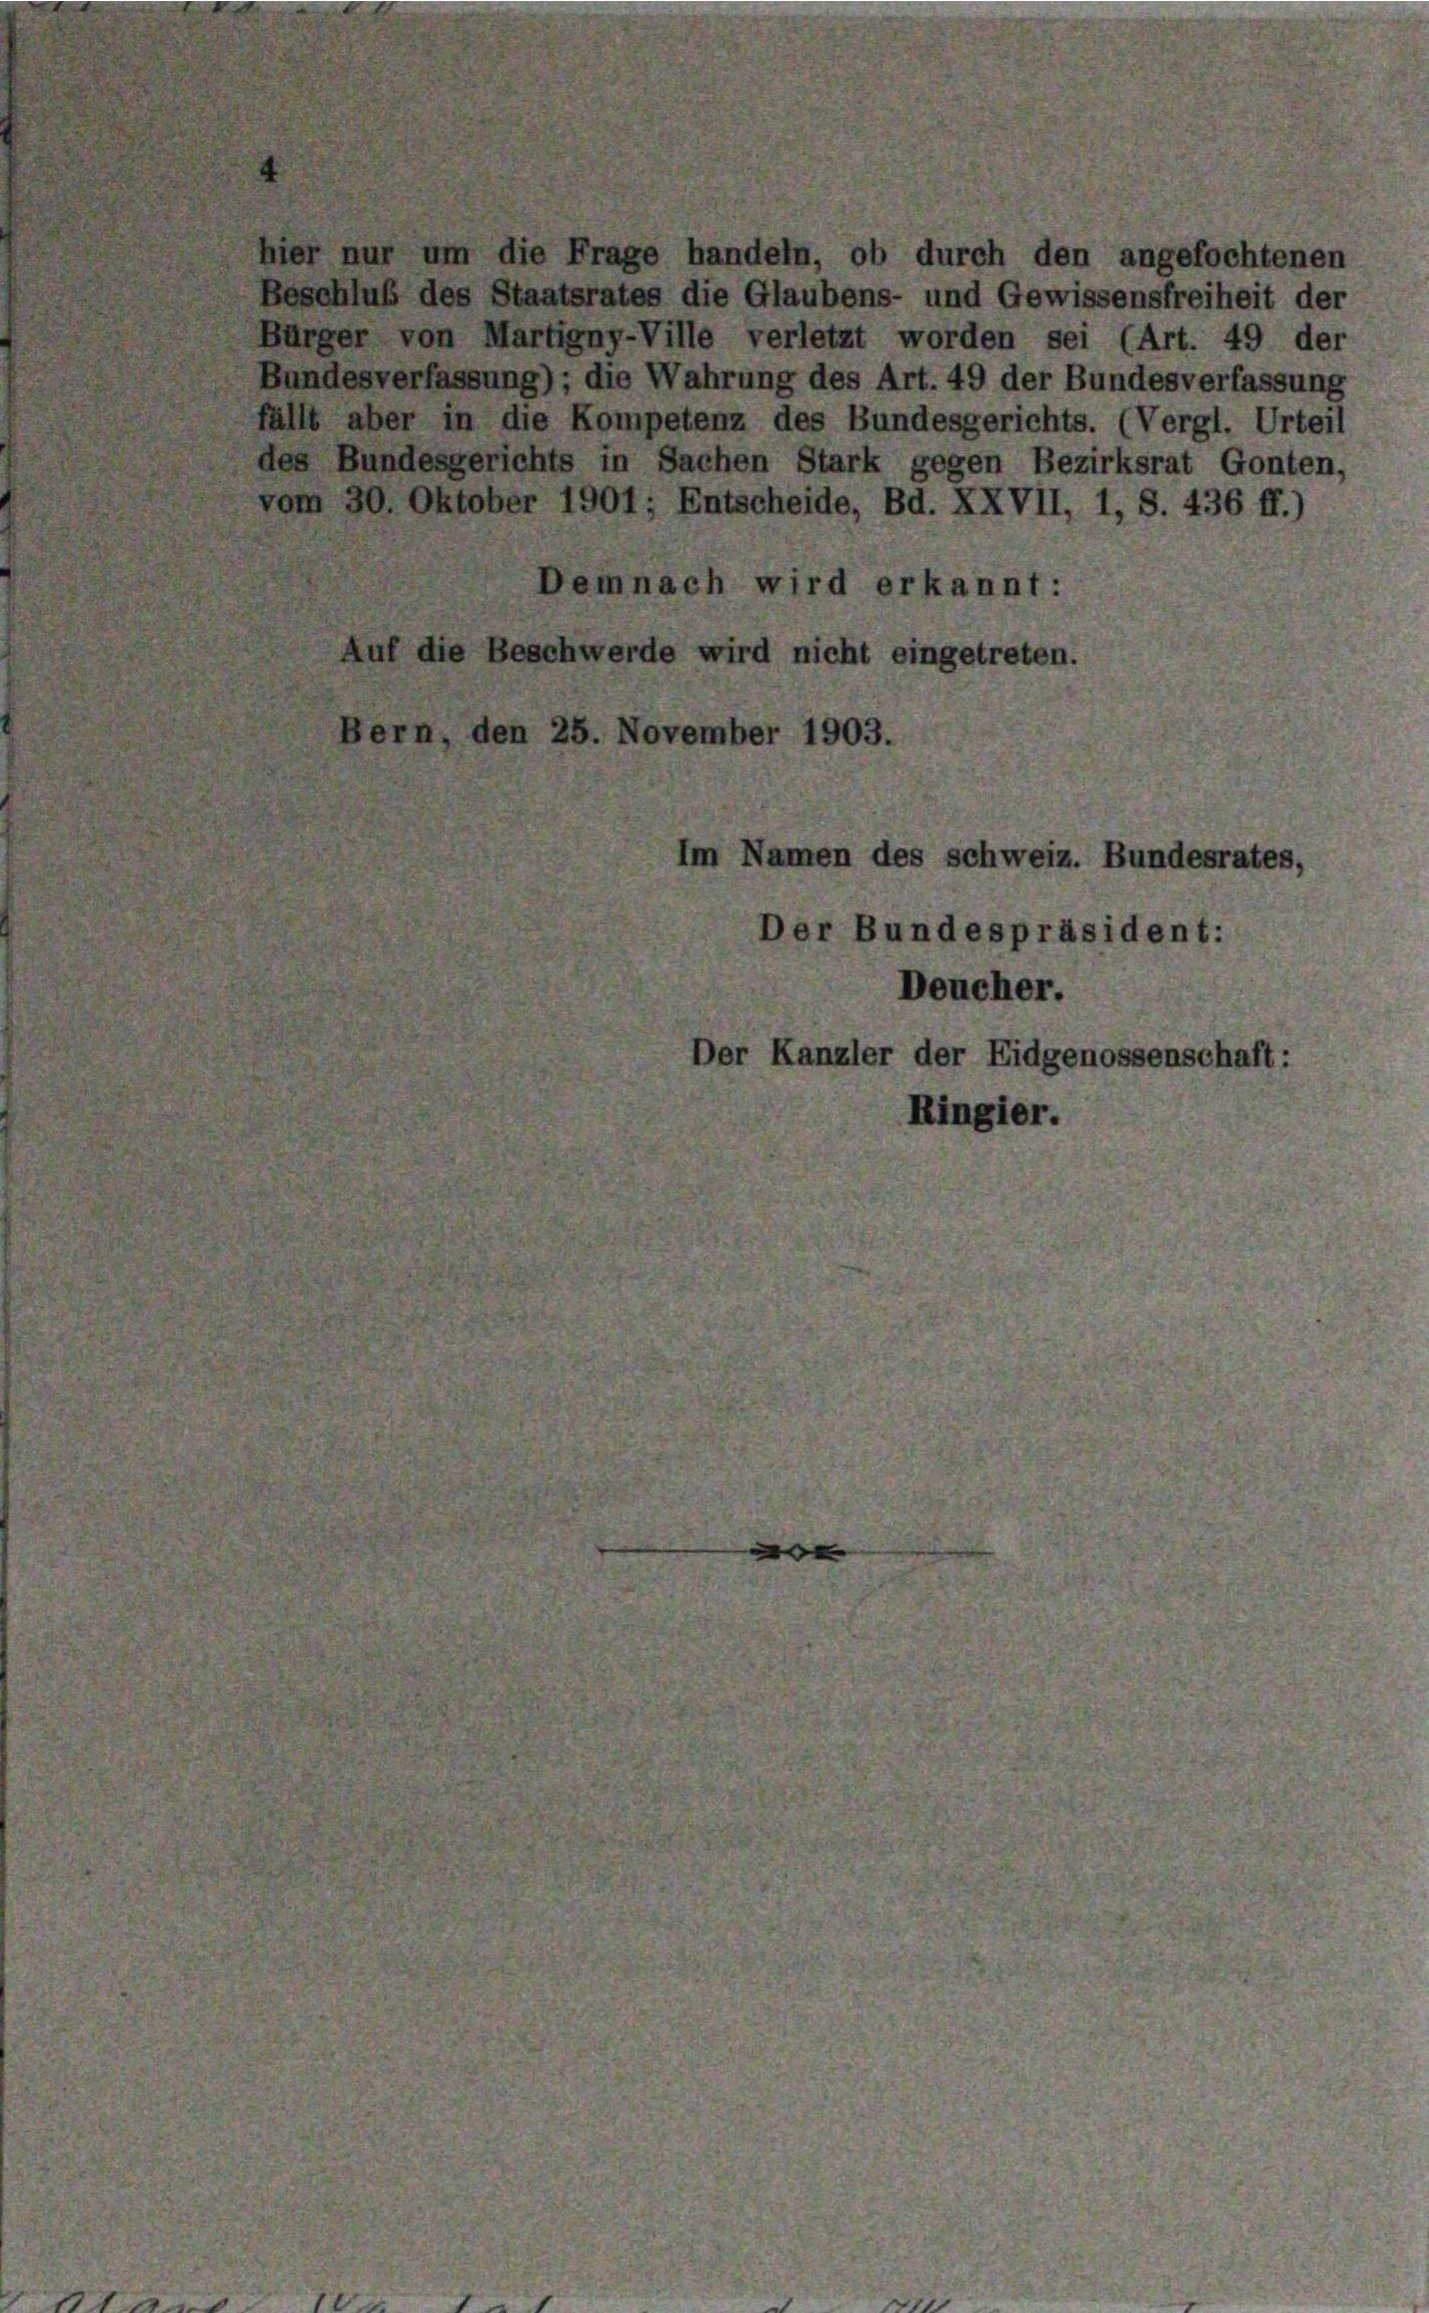
hier nur um die Frage handeln, ob durch den angefochtenen
Beschluß des Staatsrates die Glaubens- und Gewissensfreiheit der
Bürger von Martigny-Ville verletzt worden sei (Art. 49 der
Bundesverfassung) ; die Wahrung des Art. 49 der Bundesverfassung
fällt aber in die Kompetenz des Bundesgerichts. (Vergl. Urteil
des Bundesgerichts in Sachen Stark gegen Bezirksrat Gonten,
vom 30. Oktober 1901; Entscheide, Bd. XXVII, 1, S. 436 ff.)
Demnach wird erkannt:
if die Beschwerde wird nicht eingetreten.
Bern, den 25. November 1903
m Namen des schweiz. Bundesrates,
er Bundespräsident:

Deucher.
er Kanzler der Eidgenossenschaft:
Ringier.